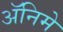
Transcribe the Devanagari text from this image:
अॅनिमे